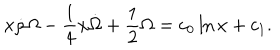
x \dot { \rho } \Omega - \frac { 1 } { 4 } x \dot { \Omega } + \frac { 1 } { 2 } \Omega = c _ { 0 } \ln x + c _ { 1 } .